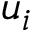
u _ { i }